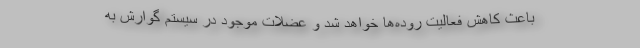
باعث کاهش فعالیت روده‌ها خواهد شد و عضلات موجود در سیستم گوارش به